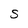
Character: S